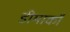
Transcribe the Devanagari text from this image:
डीमार्को